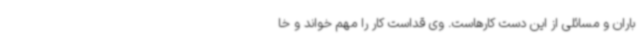
باران و مسائلی از این دست کارهاست. وی قداست کار را مهم خواند و خا